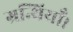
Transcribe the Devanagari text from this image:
ग्रन्थियाँ।